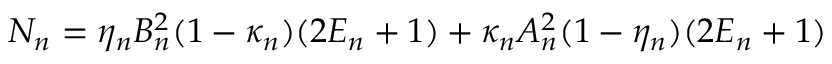
{ \cal N } _ { n } = \eta _ { n } B _ { n } ^ { 2 } ( 1 - \kappa _ { n } ) ( 2 { \cal E } _ { n } + 1 ) + \kappa _ { n } A _ { n } ^ { 2 } ( 1 - \eta _ { n } ) ( 2 { \cal E } _ { n } + 1 )